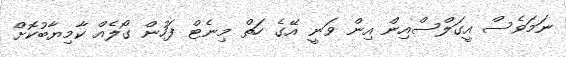
ނަމަވެސް އީގަލްސްއިން އިން ވަނީ އޭގެ ހަތް މިނެޓް ފަހުން ގޯލެއް ކާމިޔާބުކޮށް